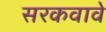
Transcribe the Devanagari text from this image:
सरकवावे